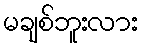
မချစ်ဘူးလား